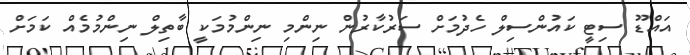
އައްޑޫ ސިޓީ ކައުންސިލް ހެދުމަށް ސަރުކާރުން ނިންމި ނިންމުމަކީ ބާތިލް ނިންމުމެއް ކަމަށް